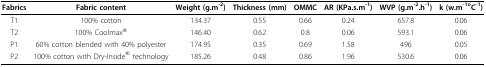
<table><thead><tr><td><b>Fabrics</b></td><td><b>Fabric content</b></td><td><b>Weight (g.m<sup>-2</sup>)</b></td><td><b>Thickness (mm)</b></td><td><b>OMMC</b></td><td><b>AR (KPa.s.m<sup>-1</sup>)</b></td><td><b>WVP (g.m<sup>-2</sup>.h<sup>-1</sup>)</b></td><td><b>k (w.m<sup>-1o</sup>C<sup>-1</sup>)</b></td></tr></thead><tbody><tr><td>T1</td><td>100% cotton</td><td>134.37</td><td>0.55</td><td>0.66</td><td>0.24</td><td>657.8</td><td>0.06</td></tr><tr><td>T2</td><td>100% Coolmax<sup>®</sup></td><td>146.40</td><td>0.62</td><td>0.8</td><td>0.06</td><td>593.1</td><td>0.06</td></tr><tr><td>P1</td><td>60% cotton blended with 40% polyester</td><td>174.95</td><td>0.35</td><td>0.69</td><td>1.58</td><td>496</td><td>0.05</td></tr><tr><td>P2</td><td>100% cotton with Dry-Inside<sup>® </sup>technology</td><td>185.26</td><td>0.48</td><td>0.86</td><td>1.96</td><td>530.6</td><td>0.06</td></tr></tbody></table>